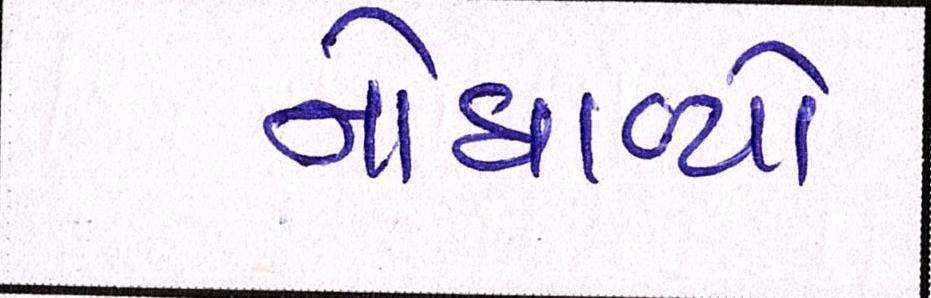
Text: નોધાવ્યો